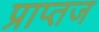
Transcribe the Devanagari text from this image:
प्राप्तज